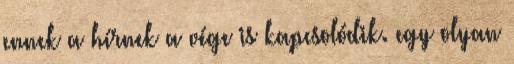
ennek a hírnek a vége is kapcsolódik. egy olyan